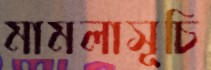
মামলাসূচি